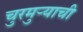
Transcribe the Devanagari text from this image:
चुरमुऱ्याची